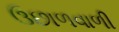
ઉછાળવાળી